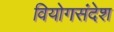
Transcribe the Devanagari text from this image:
वियोगसंदेश